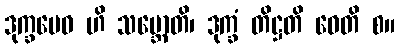
ဒုက္ခမေဝ ဟိ သမ္ဘောတိ၊ ဒုက္ခံ တိဋ္ဌတိ ဝေတိ စ။